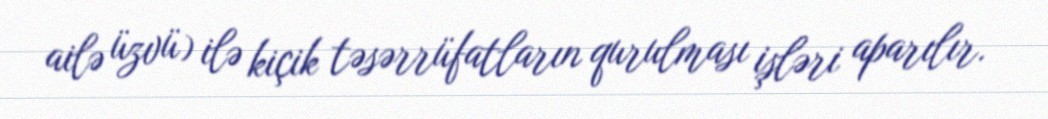
ailə üzvü) ilə kiçik təsərrüfatların qurulması işləri aparılır.